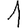
Digit: 1